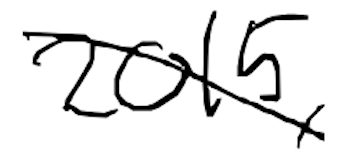
Text: 2015,
Cross-out: diagonal
Writing tool: digital_black